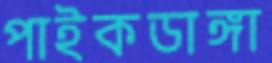
পাইকডাঙ্গা